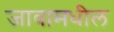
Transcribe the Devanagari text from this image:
जावामधील